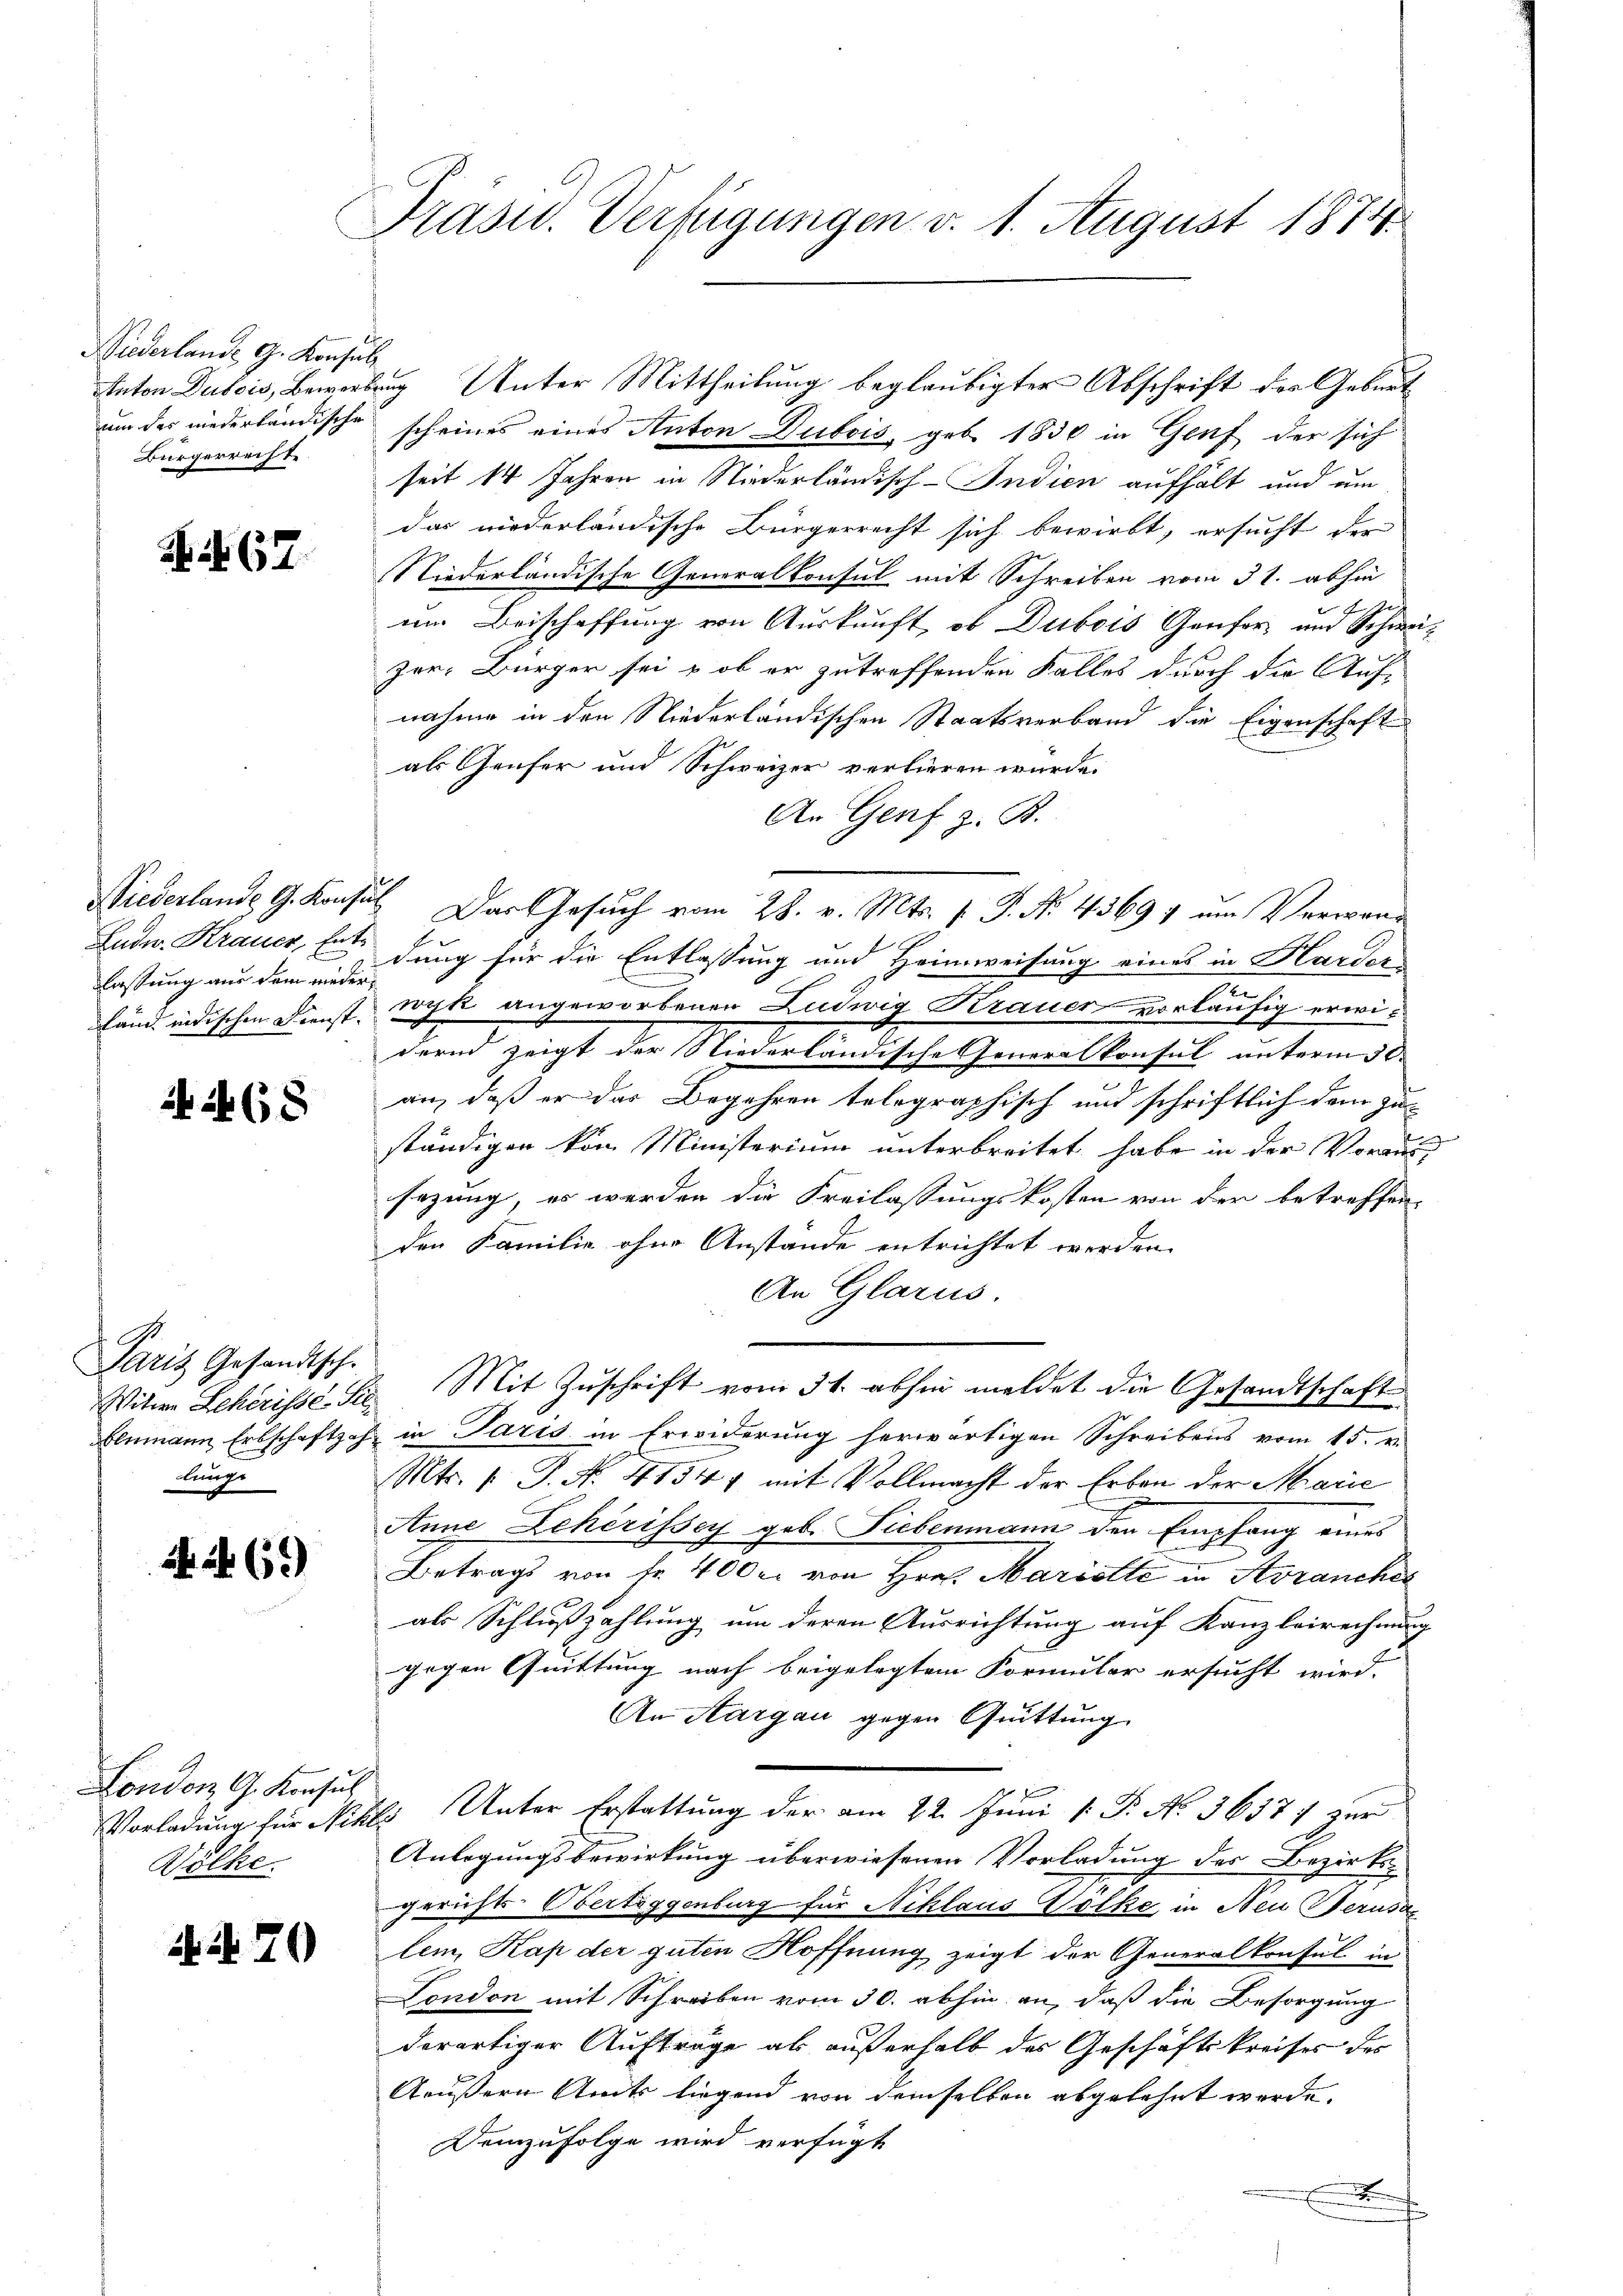
Wiederlande G. Konsul
Anton Dubois, Bewerbe
nun des niederländische
Bürgerrecht

N 167.

Niederlande G. Konfe
Ludw. Krauer, Entlastung aus dem wieder
Land indischen Dienst. |

24 268

Paris Gesandtsch.
Witwe Leherisse. Sil
Blumann Erbschaftzeh
lunge

69)

London G. Konsul
Vorladung für Nikl.
Wölke

i. S. 70

Prasid. Verfügungen v. 1. August 1874.

ug Unter Mittheilung beglaubigter Abschrift der Geburt
scheines eines Anton Dubois, geb. 1830 in Genf der sich
seit 14 Jahren in Niederländisch-Indien aufhält und um
das niederländische Bürgerrecht sich bewirkt, ersucht der
Niederländische Generalkonsul mit Schreiben vom 31. abhin
Je
u
im Beischaffung von Auskunft ob Dubois Genfor- und Schweizer: Bürger sei u ob er zutreffenden Falles durch die Aufnahme in den Niederländischen Staatsverband die Eigenschaft
als Genfer und Schweizer verlieren wurde.
An Genf z. B.
dung für die Entlassung und Heimweisung eines in Harder
rogte angeworbenen Ludwig Krauer vorläufig erwidern zeigt der Niederländische Generalkonsul unterm 30.
an, daß er das Begehren telegraphisch und schriftlich dem zuständigen von Ministerium unterbreitet habe in der Voraus-
sezung, es werden die Freilassungskosten von der betreffen,
den Familie ohne Anstande entrichtet werden.
An Glarus.
Mit Zuschrift vom 31. abhin meldet die Gesandtschaft
in Paris in Erwiderung herwärtigen Schreibens vom 15. v.
Mts. v. J. No. 41541 mit Vollmacht der Erben der Marie
Anne Leherissey geb. Siebenmann den Empfang eines
Betrags von fr. 400 er von Hrn. Marielle in Avranches
als Schlußzahlung um deren Ausrichtung auf Kanzleirechnung
gegen Quittung nach beigelegtem Formular ersucht wird.
An Aargau gegen Quittung
8. Unter Erstattung der am 22. Juni [ P. No. 36377 zur
Anlegungsbewirkung überwiesenen Vorladung des Bezirksgerichts-Obertaggenburg für Niklaus Volke in Neu Berusa
lem, Kap der guten Hoffnung zeigt der Generalkonsul in
London mit Schreiben vom 30. abhin an, daß die Besorgung
derartiger Aufträge als außerhalb des Geschäftskreises des
Aeußern Amts liegend von demselben abgelehnt werde.
Demzufolge wird verfügt

" Das Gesuch vom 28. v. Mts. f. P. No 4369; um Verwen¬